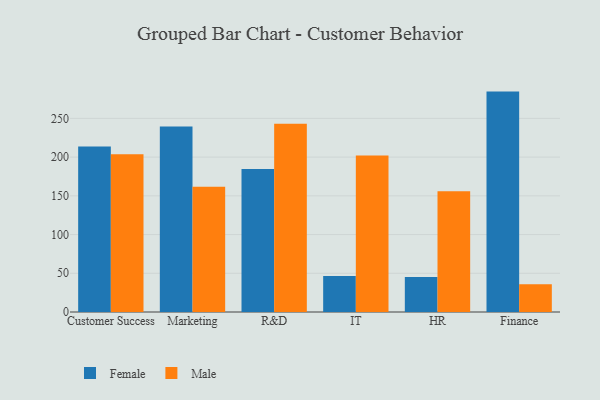
{"axis": {"x": "Department", "y": "Shipments"}, "legend": ["Female", "Male"], "data": [{"x": "Customer Success", "y": 213.7, "type": "Female"}, {"x": "Customer Success", "y": 203.8, "type": "Male"}, {"x": "Marketing", "y": 239.4, "type": "Female"}, {"x": "Marketing", "y": 161.7, "type": "Male"}, {"x": "R&D", "y": 184.5, "type": "Female"}, {"x": "R&D", "y": 243.1, "type": "Male"}, {"x": "IT", "y": 46.6, "type": "Female"}, {"x": "IT", "y": 202.1, "type": "Male"}, {"x": "HR", "y": 45.1, "type": "Female"}, {"x": "HR", "y": 156.0, "type": "Male"}, {"x": "Finance", "y": 284.6, "type": "Female"}, {"x": "Finance", "y": 35.8, "type": "Male"}]}